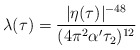
\begin{align*}\lambda(\tau)={|\eta(\tau)|^{-48}\over(4\pi^2\alpha'\tau_2)^{12}}\end{align*}